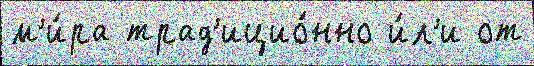
м'и́ра трад'ицио́нно и́л'и от